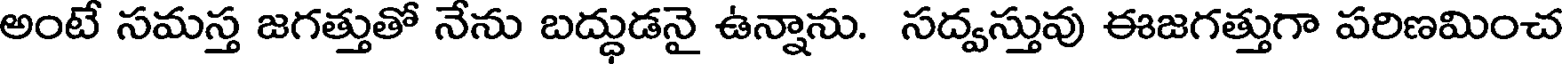
అంటే సమస్త జగత్తుతో నేను బద్ధుడనై ఉన్నాను. సద్వస్తువు ఈజగత్తుగా పరిణమించ